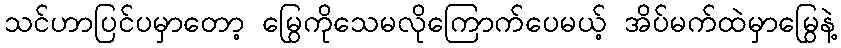
သင်ဟာပြင်ပမှာတော့ မြွေကိုသေမလိုကြောက်ပေမယ့် အိပ်မက်ထဲမှာမြွေနဲ့